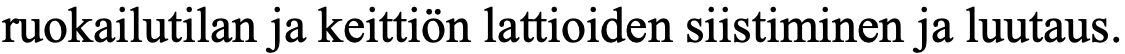
ruokailutilan ja keittiön lattioiden siistiminen ja luutaus.